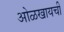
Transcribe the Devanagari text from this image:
ओळखायची